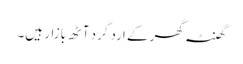
گھنٹہ گھر کے اِرد گرد آٹھ بازار ہیں۔